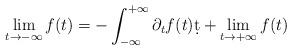
LaTeX: \begin{align*}\lim_{t\rightarrow-\infty} f(t) = -\int_{-\infty}^{+\infty}\partial_t f(t) \d t+ \lim_{t\rightarrow+\infty} f(t)\end{align*}